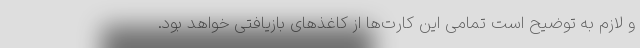
و لازم به توضیح است تمامی این کارت‌ها از کاغذهای بازیافتی خواهد بود.